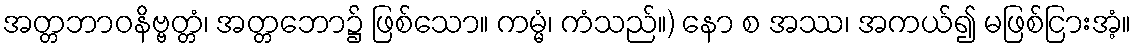
အတ္တဘာဝနိဗ္ဗတ္တံ၊ အတ္တဘော၌ ဖြစ်သော။ ကမ္မံ၊ ကံသည်။) နော စ အဿ၊ အကယ်၍ မဖြစ်ငြားအံ့။